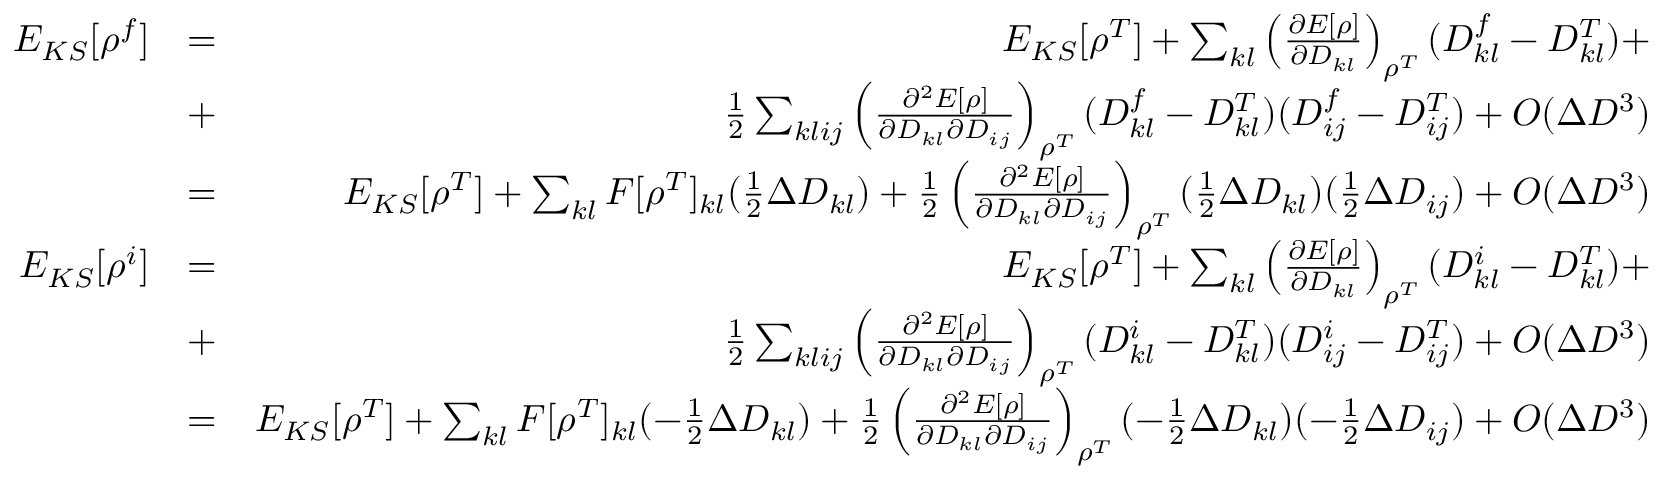
\begin{array} { r l r } { E _ { K S } [ \rho ^ { f } ] } & { = } & { E _ { K S } [ \rho ^ { T } ] + \sum _ { k l } \left( \frac { \partial E [ \rho ] } { \partial D _ { k l } } \right) _ { \rho ^ { T } } ( D _ { k l } ^ { f } - D _ { k l } ^ { T } ) + } \\ & { + } & { \frac { 1 } { 2 } \sum _ { k l i j } \left( \frac { \partial ^ { 2 } E [ \rho ] } { \partial D _ { k l } \partial D _ { i j } } \right) _ { \rho ^ { T } } ( D _ { k l } ^ { f } - D _ { k l } ^ { T } ) ( D _ { i j } ^ { f } - D _ { i j } ^ { T } ) + O ( \Delta D ^ { 3 } ) } \\ & { = } & { E _ { K S } [ \rho ^ { T } ] + \sum _ { k l } F [ \rho ^ { T } ] _ { k l } ( \frac { 1 } { 2 } \Delta D _ { k l } ) + \frac { 1 } { 2 } \left( \frac { \partial ^ { 2 } E [ \rho ] } { \partial D _ { k l } \partial D _ { i j } } \right) _ { \rho ^ { T } } ( \frac { 1 } { 2 } \Delta D _ { k l } ) ( \frac { 1 } { 2 } \Delta D _ { i j } ) + O ( \Delta D ^ { 3 } ) } \\ { E _ { K S } [ \rho ^ { i } ] } & { = } & { E _ { K S } [ \rho ^ { T } ] + \sum _ { k l } \left( \frac { \partial E [ \rho ] } { \partial D _ { k l } } \right) _ { \rho ^ { T } } ( D _ { k l } ^ { i } - D _ { k l } ^ { T } ) + } \\ & { + } & { \frac { 1 } { 2 } \sum _ { k l i j } \left( \frac { \partial ^ { 2 } E [ \rho ] } { \partial D _ { k l } \partial D _ { i j } } \right) _ { \rho ^ { T } } ( D _ { k l } ^ { i } - D _ { k l } ^ { T } ) ( D _ { i j } ^ { i } - D _ { i j } ^ { T } ) + O ( \Delta D ^ { 3 } ) } \\ & { = } & { E _ { K S } [ \rho ^ { T } ] + \sum _ { k l } F [ \rho ^ { T } ] _ { k l } ( - \frac { 1 } { 2 } \Delta D _ { k l } ) + \frac { 1 } { 2 } \left( \frac { \partial ^ { 2 } E [ \rho ] } { \partial D _ { k l } \partial D _ { i j } } \right) _ { \rho ^ { T } } ( - \frac { 1 } { 2 } \Delta D _ { k l } ) ( - \frac { 1 } { 2 } \Delta D _ { i j } ) + O ( \Delta D ^ { 3 } ) } \end{array}